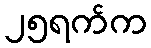
၂၅ရက်က